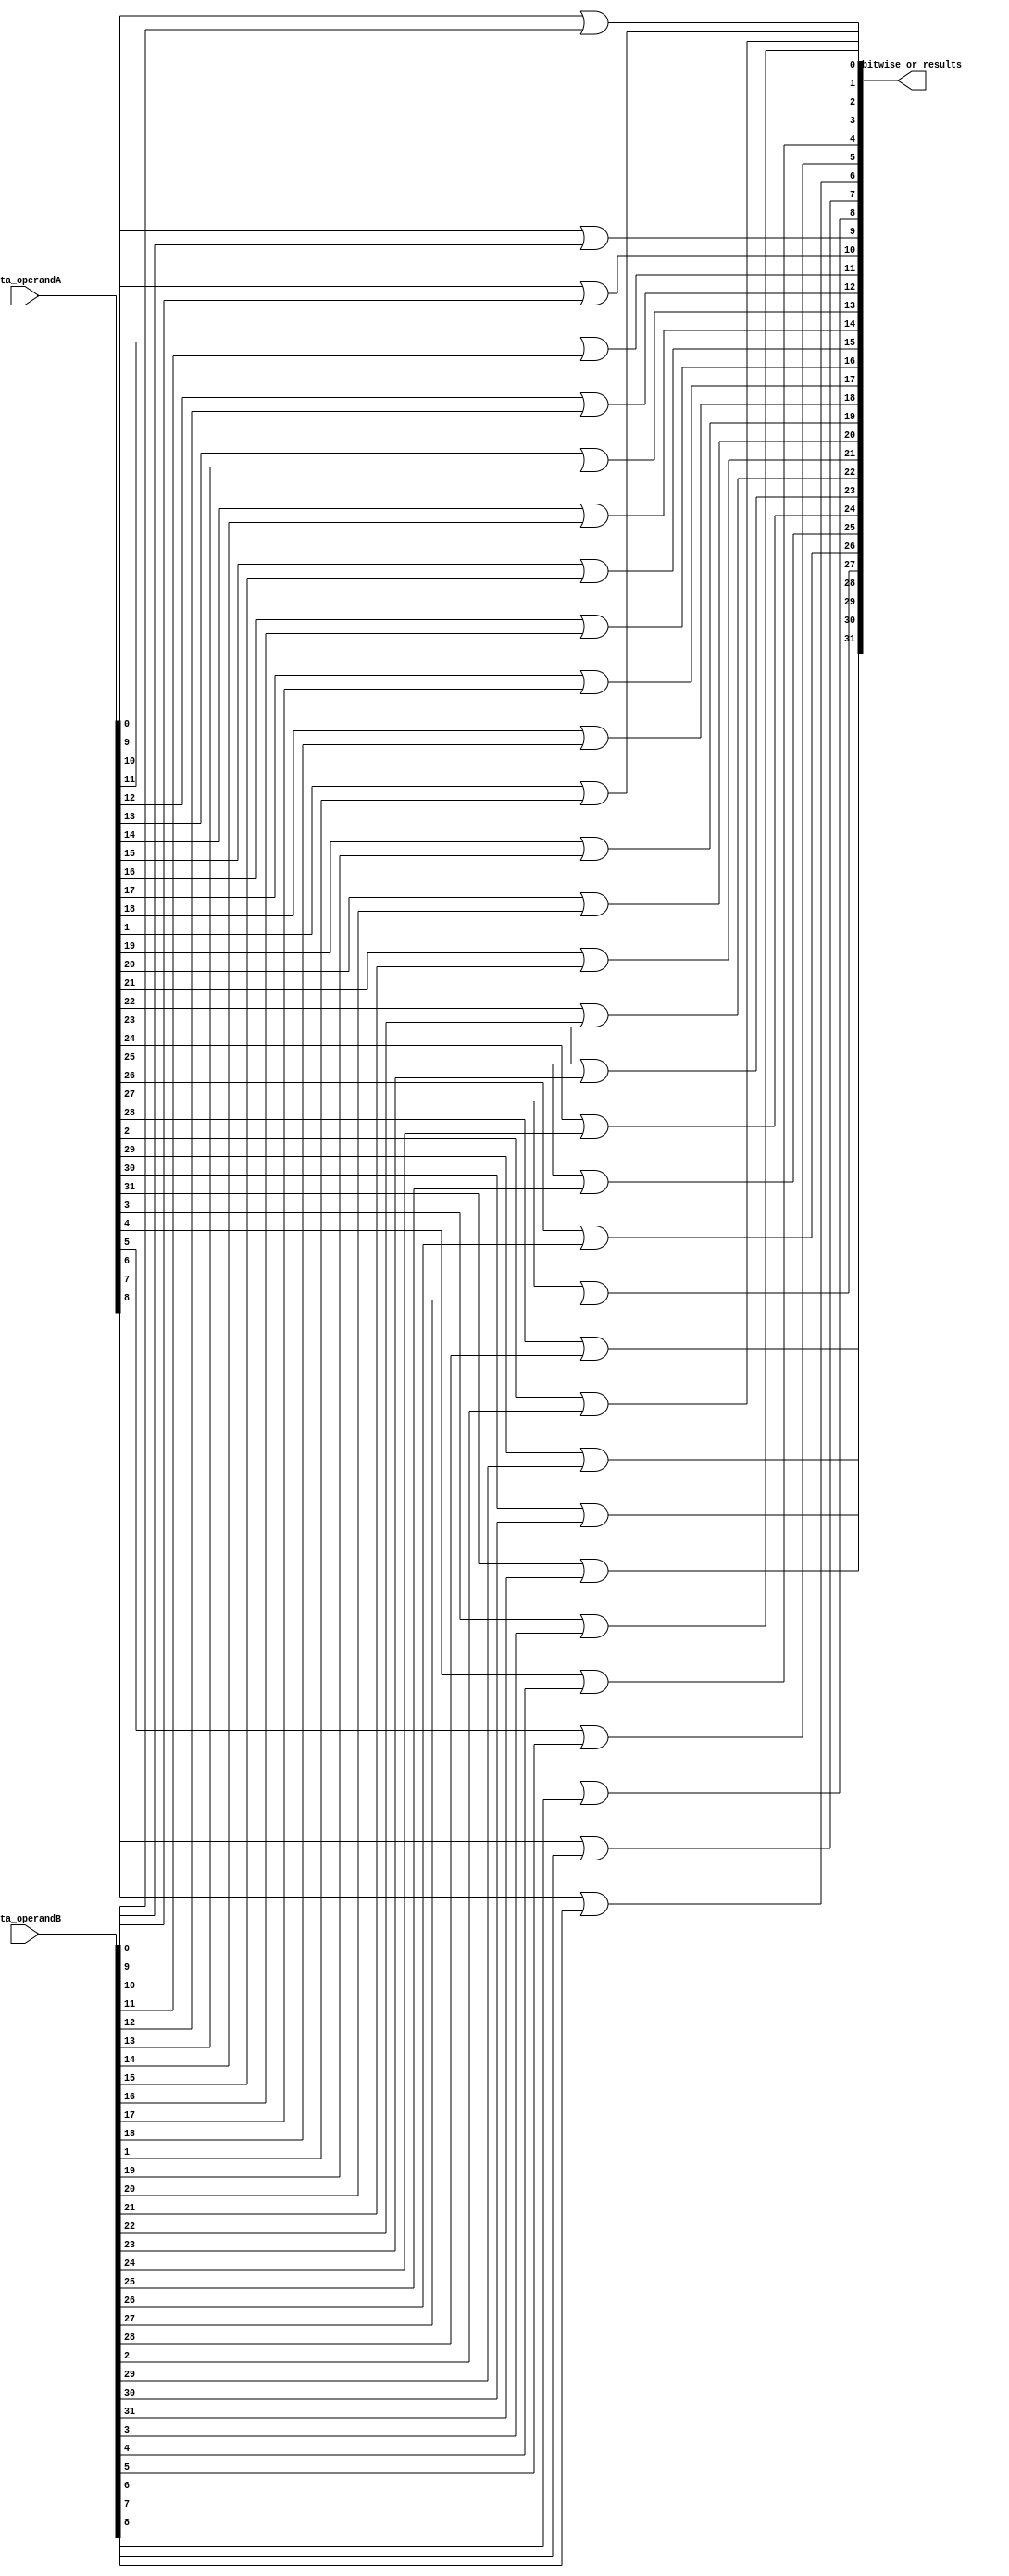
module bitwise_or(data_operandA, data_operandB, bitwise_or_results);
 
   input [31:0] data_operandA, data_operandB;
   output [31:0] bitwise_or_results;
 
 generate
	genvar i;
	for (i=0;i<32;i=i+1) begin: loop_bitwise_or
		or or0(bitwise_or_results[i], data_operandA[i], data_operandB[i]);
	end
 endgenerate

endmodule